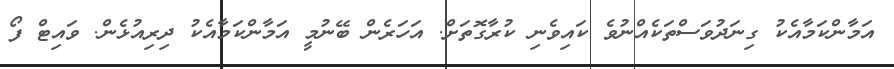
އަމާންކަމާއެކު ގިނަދުވަސްތަކެއްނުވެ ކައިވެނި ކުރާގޮތަށް. އަހަރެން ބޭނުމީ އަމާންކަމާއެކު ދިރިއުޅެން. ވައިޓް ފޯ